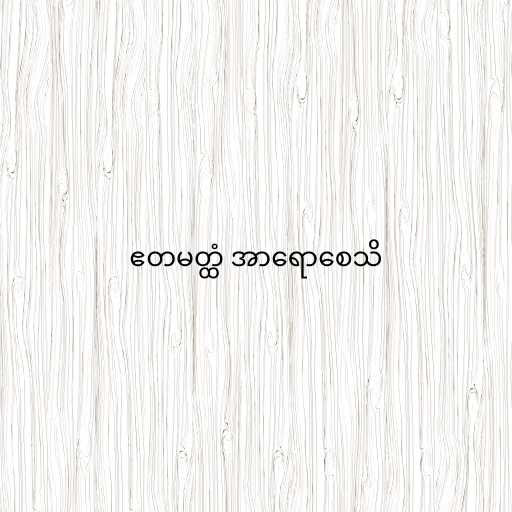
ဧတမတ္ထံ အာရောစေသိ